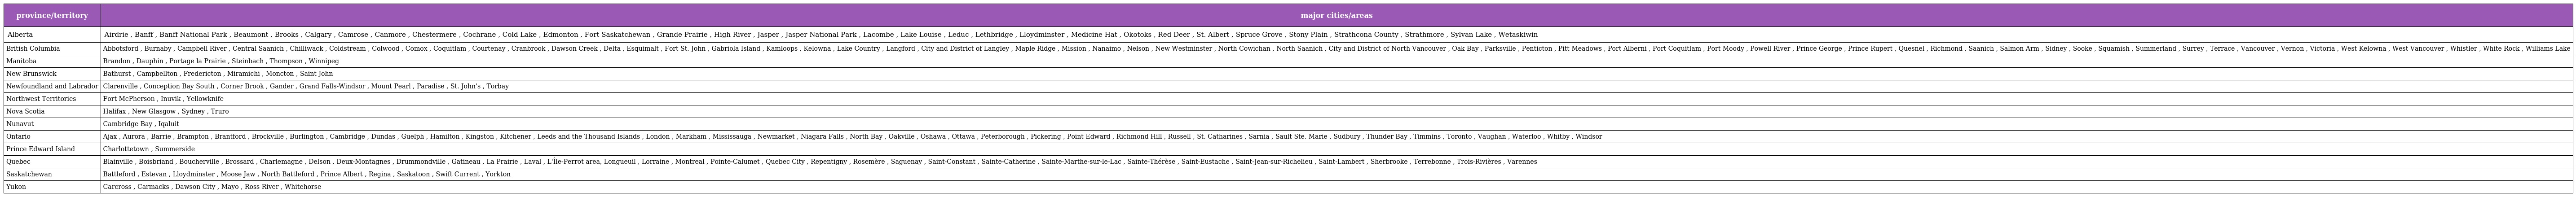
| province/territory | major cities/areas |
 | --- | --- |
 | Alberta | Airdrie , Banff , Banff National Park , Beaumont , Brooks , Calgary , Camrose , Canmore , Chestermere , Cochrane , Cold Lake , Edmonton , Fort Saskatchewan , Grande Prairie , High River , Jasper , Jasper National Park , Lacombe , Lake Louise , Leduc , Lethbridge , Lloydminster , Medicine Hat , Okotoks , Red Deer , St. Albert , Spruce Grove , Stony Plain , Strathcona County , Strathmore , Sylvan Lake , Wetaskiwin |
 | British Columbia | Abbotsford , Burnaby , Campbell River , Central Saanich , Chilliwack , Coldstream , Colwood , Comox , Coquitlam , Courtenay , Cranbrook , Dawson Creek , Delta , Esquimalt , Fort St. John , Gabriola Island , Kamloops , Kelowna , Lake Country , Langford , City and District of Langley , Maple Ridge , Mission , Nanaimo , Nelson , New Westminster , North Cowichan , North Saanich , City and District of North Vancouver , Oak Bay , Parksville , Penticton , Pitt Meadows , Port Alberni , Port Coquitlam , Port Moody , Powell River , Prince George , Prince Rupert , Quesnel , Richmond , Saanich , Salmon Arm , Sidney , Sooke , Squamish , Summerland , Surrey , Terrace , Vancouver , Vernon , Victoria , West Kelowna , West Vancouver , Whistler , White Rock , Williams Lake |
 | Manitoba | Brandon , Dauphin , Portage la Prairie , Steinbach , Thompson , Winnipeg |
 | New Brunswick | Bathurst , Campbellton , Fredericton , Miramichi , Moncton , Saint John |
 | Newfoundland and Labrador | Clarenville , Conception Bay South , Corner Brook , Gander , Grand Falls-Windsor , Mount Pearl , Paradise , St. John's , Torbay |
 | Northwest Territories | Fort McPherson , Inuvik , Yellowknife |
 | Nova Scotia | Halifax , New Glasgow , Sydney , Truro |
 | Nunavut | Cambridge Bay , Iqaluit |
 | Ontario | Ajax , Aurora , Barrie , Brampton , Brantford , Brockville , Burlington , Cambridge , Dundas , Guelph , Hamilton , Kingston , Kitchener , Leeds and the Thousand Islands , London , Markham , Mississauga , Newmarket , Niagara Falls , North Bay , Oakville , Oshawa , Ottawa , Peterborough , Pickering , Point Edward , Richmond Hill , Russell , St. Catharines , Sarnia , Sault Ste. Marie , Sudbury , Thunder Bay , Timmins , Toronto , Vaughan , Waterloo , Whitby , Windsor |
 | Prince Edward Island | Charlottetown , Summerside |
 | Quebec | Blainville , Boisbriand , Boucherville , Brossard , Charlemagne , Delson , Deux-Montagnes , Drummondville , Gatineau , La Prairie , Laval , L'Île-Perrot area, Longueuil , Lorraine , Montreal , Pointe-Calumet , Quebec City , Repentigny , Rosemère , Saguenay , Saint-Constant , Sainte-Catherine , Sainte-Marthe-sur-le-Lac , Sainte-Thérèse , Saint-Eustache , Saint-Jean-sur-Richelieu , Saint-Lambert , Sherbrooke , Terrebonne , Trois-Rivières , Varennes |
 | Saskatchewan | Battleford , Estevan , Lloydminster , Moose Jaw , North Battleford , Prince Albert , Regina , Saskatoon , Swift Current , Yorkton |
 | Yukon | Carcross , Carmacks , Dawson City , Mayo , Ross River , Whitehorse |